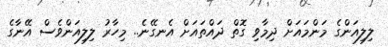
ލިލިއަންގެ މަންމައަށް ދިމާވި ގޮތް ދައްތައަށް އެނގޭނެ.. މިހާރު ލިލިއަންވެސް އޭނާގެ